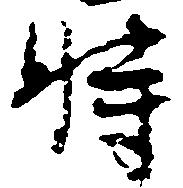
時